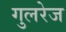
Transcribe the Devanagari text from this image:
गुलरेज